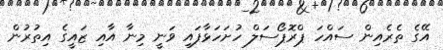
އޭގެ ތެރެއިން ސައްހަ ޕްރޮޕޯސަލް ހުށަހަޅާފައި ވަނީ މިނާ އާއި ޒައީގެ އިތުރުން